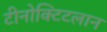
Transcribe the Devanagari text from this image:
टीनोक्टिटलान